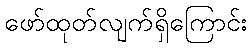
ဖော်ထုတ်လျက်ရှိကြောင်း